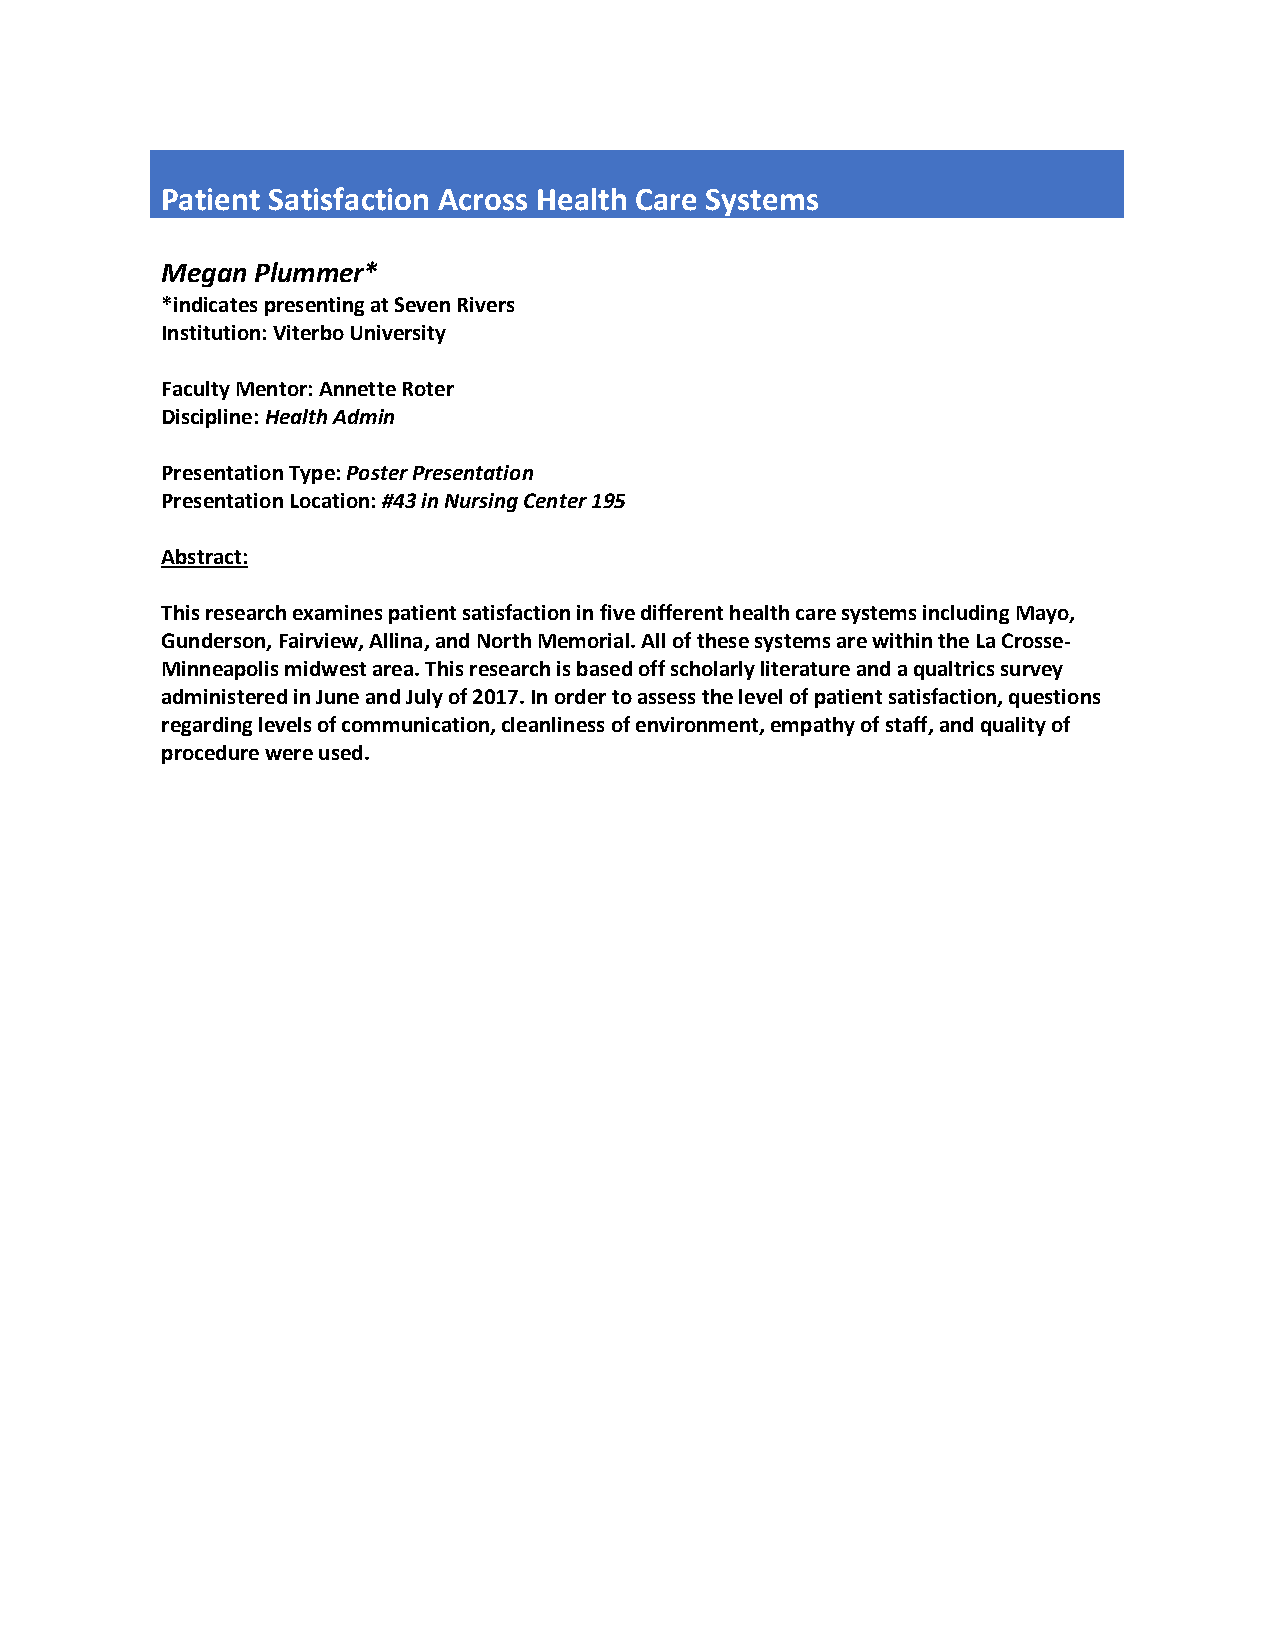
Patient Satisfaction Across Health Care Systems
 Megan Plummer*
 *indicates presenting at Seven Rivers
 Institution: Viterbo University
 Faculty Mentor: Annette Roter
 Discipline: Health Admin
 Presentation Type: Poster Presentation
 Presentation Location: #43 in Nursing Center 195
 Abstract:
 This research examines patient satisfaction in five different health care systems including Mayo,
 Gunderson, Fairview, Allina, and North Memorial. All of these systems are within the La Crosse-
 Minneapolis midwest area. This research is based off scholarly literature and a qualtrics survey
 administered in June and July of 2017. In order to assess the level of patient satisfaction, questions
 regarding levels of communication, cleanliness of environment, empathy of staff, and quality of
 procedure were used.